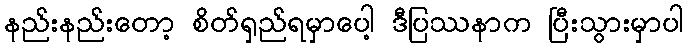
နည်းနည်းတော့ စိတ်ရှည်ရမှာပေါ့ ဒီပြဿနာက ပြီးသွားမှာပါ